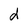
Character: d